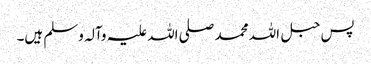
پس حبل اللہ محمد صلی اللہ علیہ وآلہ وسلم ہیں۔